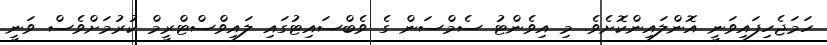
ހަމަޖެހިފައިވަނީ އޮންލައިންކޮށެވެ. މި އިވެންޓު ސެމްސަން ގެ ވެބްސައިޓުގައި ލައިވްސްޓްރީމް ކުރުމަށްވެސް ވަނީ